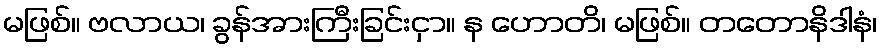
မဖြစ်။ ဗလာယ၊ ခွန်အားကြီးခြင်းငှာ။ န ဟောတိ၊ မဖြစ်။ တတောနိဒါနံ၊